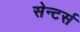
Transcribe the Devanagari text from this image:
सेन्टर्स